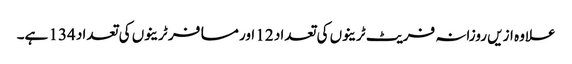
علاوہ ازیں روزانہ فریٹ ٹرینوں کی تعداد 12 اور مسافر ٹرینوں کی تعداد 134 ہے۔